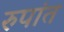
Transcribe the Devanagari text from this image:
रुपांत